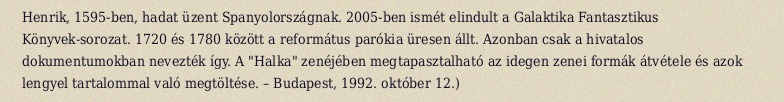
Henrik, 1595-ben, hadat üzent Spanyolországnak. 2005-ben ismét elindult a Galaktika Fantasztikus Könyvek-sorozat. 1720 és 1780 között a református parókia üresen állt. Azonban csak a hivatalos dokumentumokban nevezték így. A "Halka" zenéjében megtapasztalható az idegen zenei formák átvétele és azok lengyel tartalommal való megtöltése. – Budapest, 1992. október 12.)